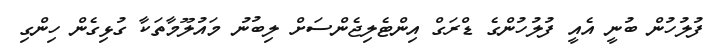
ފުލުހުން ބުނީ އެއީ ފުލުހުންގެ ޑްރަގް އިންޓެލިޖެންސަށް ލިބުނު މައުލޫމާތަކާ ގުޅިގެން ހިންގި